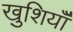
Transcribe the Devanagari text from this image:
खुशियॉँ